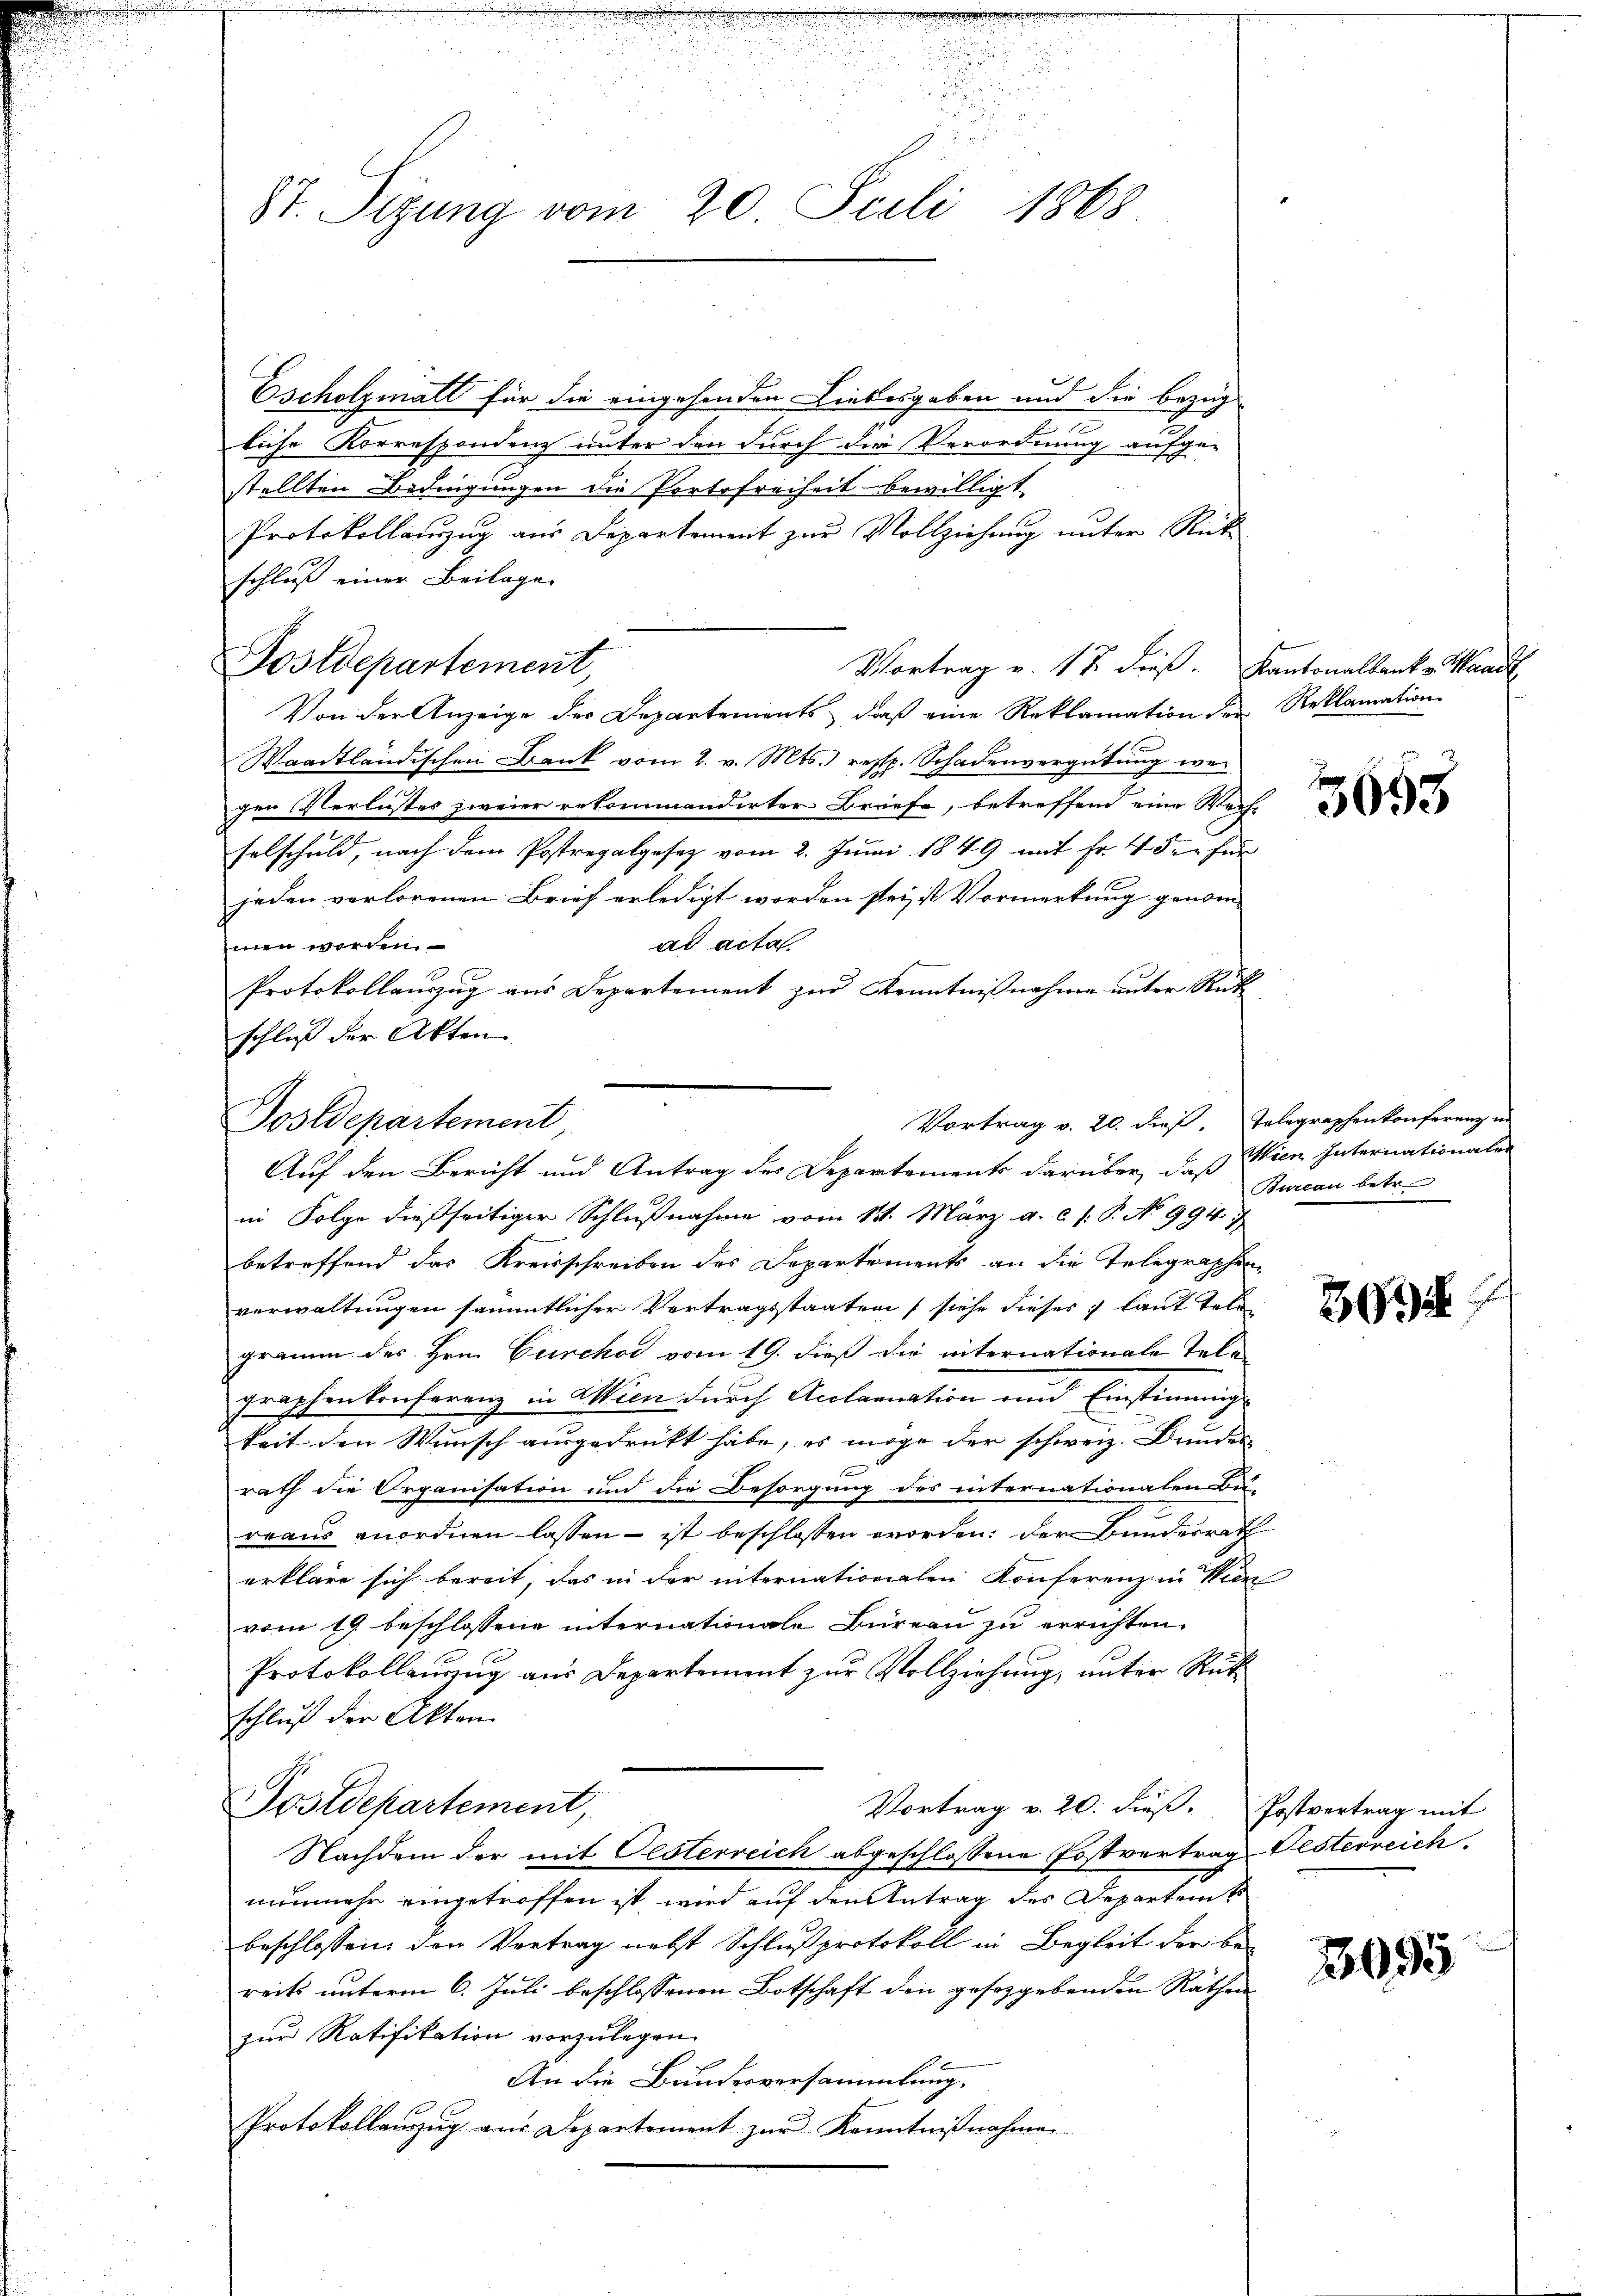
8t. Sitzung vom 20. Juli 1863.

Escholzmalt für die eingehenden Liebesgaben und die bezug
liche Korrespondenz unter den durch die Verordnung aufge-
stellten Bedingungen die Portofreiheit bewilligt.
Protokollanzug aus Departement zur Vollziehung unter Rükschluß einer Beilage
Postdepartement,
Vortrag v. 17 dieß.
Von der Anzeige der Departements, daß eine Reklamation der Reklamation
Waadtländischen Bank vom 2. v. Mts. resp. Schadenvergütung wegen Verlustes zweier rekommandirter Briefe, betreffend eine Wache
selschuld, nach dem Postregalgesetz vom 2. Juni 1849 mit Fr. 4 den für
jeden verlorenen Brief erledigt worden sei ist Vormerkung genom-
ad acta
men worden.
Protokollauszug aus Departement zur Kenntnißnahme unter Rüt
schluss der Akten
Postdepartement
in Folge dießseitiger Schlußnahme vom 14. März a. c. s. P. No 994
betreffend das Kreisschreiben des Departements an die Telegraphen
verwaltungen sämmtlicher Vertragsstaaten siehe dieses laut Tele
gramm des Hrn. Curchor vom 19. dieß die internationale Telegraphenkonferenz in Wien durch Acclamation und Einstimmig-
keit den Wunsch ausgedruckt habe, es möge der schweiz. Bundes
rath die Organisation und die Besorgung des internationalen Bü-
rraus anordnen lassen – ist beschlossen worden, der Bunderrath
erkläre sich bereit, das in der internationalen Konferenz in Wien
vom 19 beschlossene internationale Büreau zu errichten.
Protokollanzug aus Departement zur Vollziehung, unter Rückschluß der Akten.
Postdepartement,
Vortrag v. 20. dieß.
Nachdem der mit Oesterreich abgeschlossene Postvertrag Oesterreich
nunmehr eingetroffen ist, wird auf den Antrag des Departem t
beschlossen den Vortrag nebst Schlußprotokoll in Begleit der be-
reits unterm 6. Juli beschlossenen Botschaft den gesetzgebenden Räthen
zur Ratifikation vorzulegen.
e
An die Bundesversammlung.
Protokollauszug aus Departement zur Kenntnißnahme

Vortrag v. 20. dieß. Telegraphen konferenz in
Auf den Bericht und Antrag des Departements darüber, daß Wien Internationalen

Kantonalbank v. Waad

3055

Bureau betr.

36

Postvertrag mit

3095